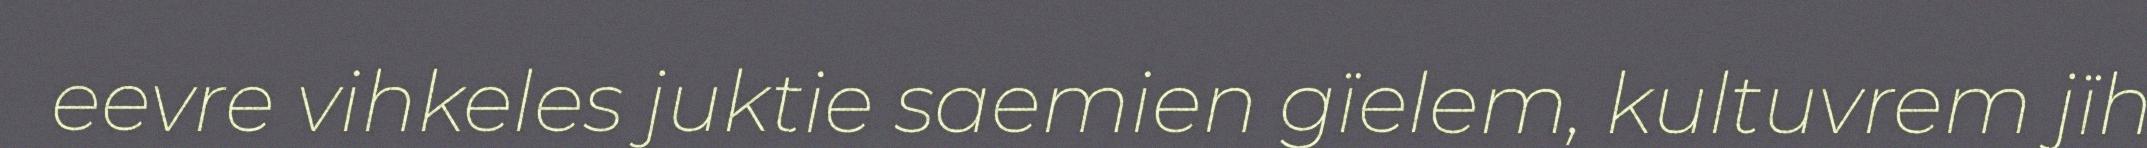
eevre vihkeles juktie saemien gïelem, kultuvrem jïh